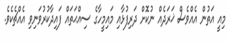
މިއީ އަތުން އެއްވެސް ޚަރަދެއް ނުކޮށް ދަރިފުޅާއި މައިމީހާގެ ސިއްޙަތައް ފައިދާކުރުވަނިވި އެއްޗެކެވެ.